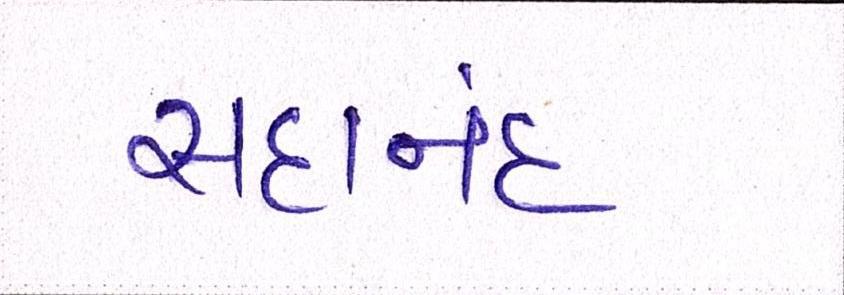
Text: સદાનંદ